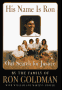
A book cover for His Name Is Ron: Our Search for Justice; Marilyn Hoffer; Biographies & Memoirs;